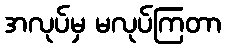
အလုပ်မှ မလုပ်ကြတာ